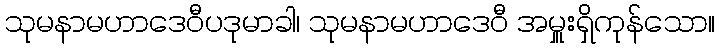
သုမနာမဟာဒေဝီပဒုမာခါ၊ သုမနာမဟာဒေဝီ အမှူးရှိကုန်သော။